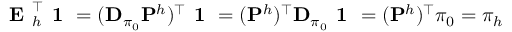
\textbf { E } _ { h } ^ { \top } \textbf { 1 } = ( \mathbf { D } _ { \pi _ { 0 } } \mathbf { P } ^ { h } ) ^ { \top } \textbf { 1 } = ( \mathbf { P } ^ { h } ) ^ { \top } \mathbf { D } _ { \pi _ { 0 } } \textbf { 1 } = ( \mathbf { P } ^ { h } ) ^ { \top } \pi _ { 0 } = \pi _ { h }